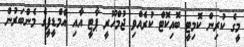
މީގެ ކުރިން ކޮމިޓީ ބޮއިކޮޓް ކުރެއްވި ޖުމްހޫރީ ޕާޓީ އާއި އެމްޑީޕީގެ މެންބަރުން